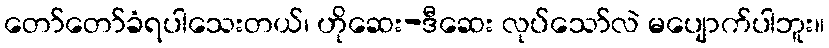
တော်တော်ခံရပါသေးတယ်၊ ဟိုဆေး-ဒီဆေး လုပ်သော်လဲ မပျောက်ပါဘူး။